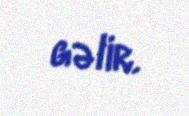
gəlir.